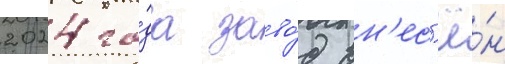
2024 го́да заво́д вн'ес'ё́н